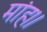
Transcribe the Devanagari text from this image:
मांह।।